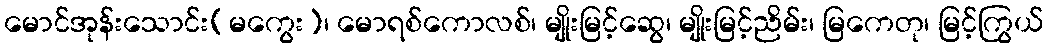
မောင်အုန်းသောင်း(မကွေး)၊ မောရစ်ကောလစ်၊ မျိုးမြင့်ဆွေ၊ မျိုးမြင့်ညိမ်း၊ မြကေတု၊ မြင့်ကြွယ်